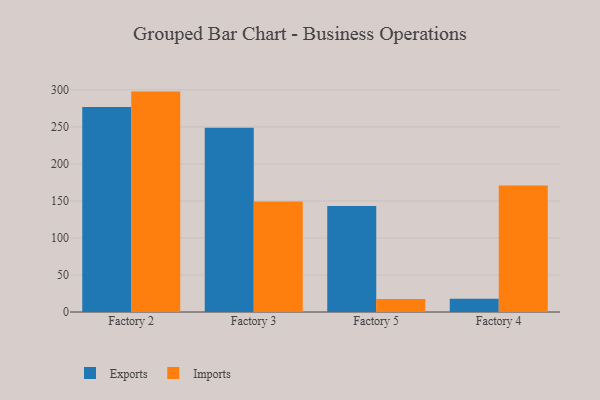
{"axis": {"x": "Factory", "y": "Operating Costs (USD K)"}, "legend": ["Exports", "Imports"], "data": [{"x": "Factory 2", "y": 276.8, "type": "Exports"}, {"x": "Factory 2", "y": 297.7, "type": "Imports"}, {"x": "Factory 3", "y": 248.9, "type": "Exports"}, {"x": "Factory 3", "y": 149.2, "type": "Imports"}, {"x": "Factory 5", "y": 143.3, "type": "Exports"}, {"x": "Factory 5", "y": 17.7, "type": "Imports"}, {"x": "Factory 4", "y": 18.0, "type": "Exports"}, {"x": "Factory 4", "y": 171.0, "type": "Imports"}]}